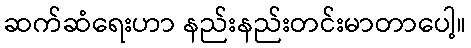
ဆက်ဆံရေးဟာ နည်းနည်းတင်းမာတာပေါ့။